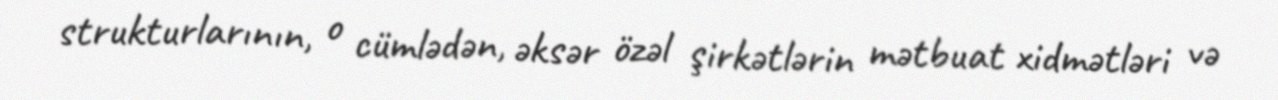
strukturlarının, o cümlədən, əksər özəl şirkətlərin mətbuat xidmətləri və